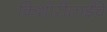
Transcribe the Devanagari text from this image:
किशोरीताईंचे